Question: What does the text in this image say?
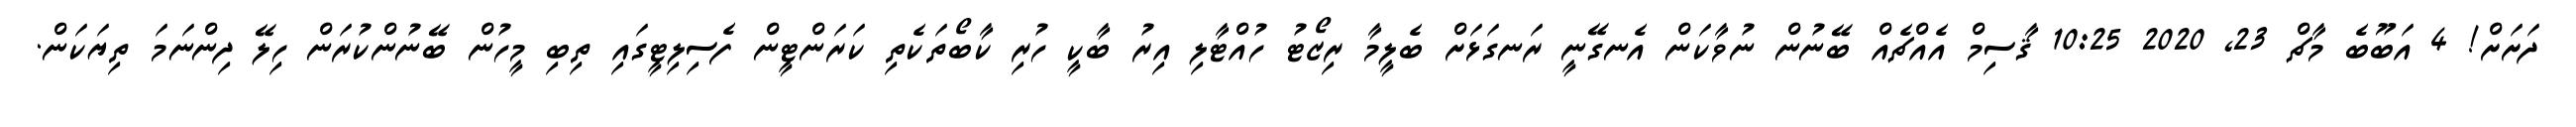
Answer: ދަށަށް! 4 އަބޫބެ މާޗް 23, 2020 10:25 ޤާސިމް އެއްޗެއް ބޭނުން ނުވާކަން އެނގޭނީ ރަނގަޅަށް ބެލީމާ ރިޒޯޓު ހުއްޓާލި އިރު ބާކީ ހުރި ކާބޯތަކެތި ކަރަންޓީން ފެސިލިޓީގައި ތިބި މީހުން ބޭނުންކުރަން ހިލޭ ދިންނަމަ ތިޔަކަން.